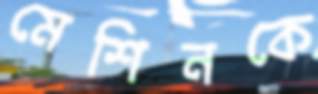
মেশিনকে